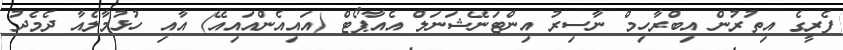
ފެރީގެ އިތުރުން އިބްރާހިމް ނާސިރު އިންޓަނޭޝަނަލް އެއާޕޯޓް (އައިއެންއައިއޭ) އާއި ހުޅުމާލެއާ ދެމެދު